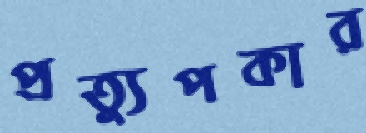
প্রত্যুপকার